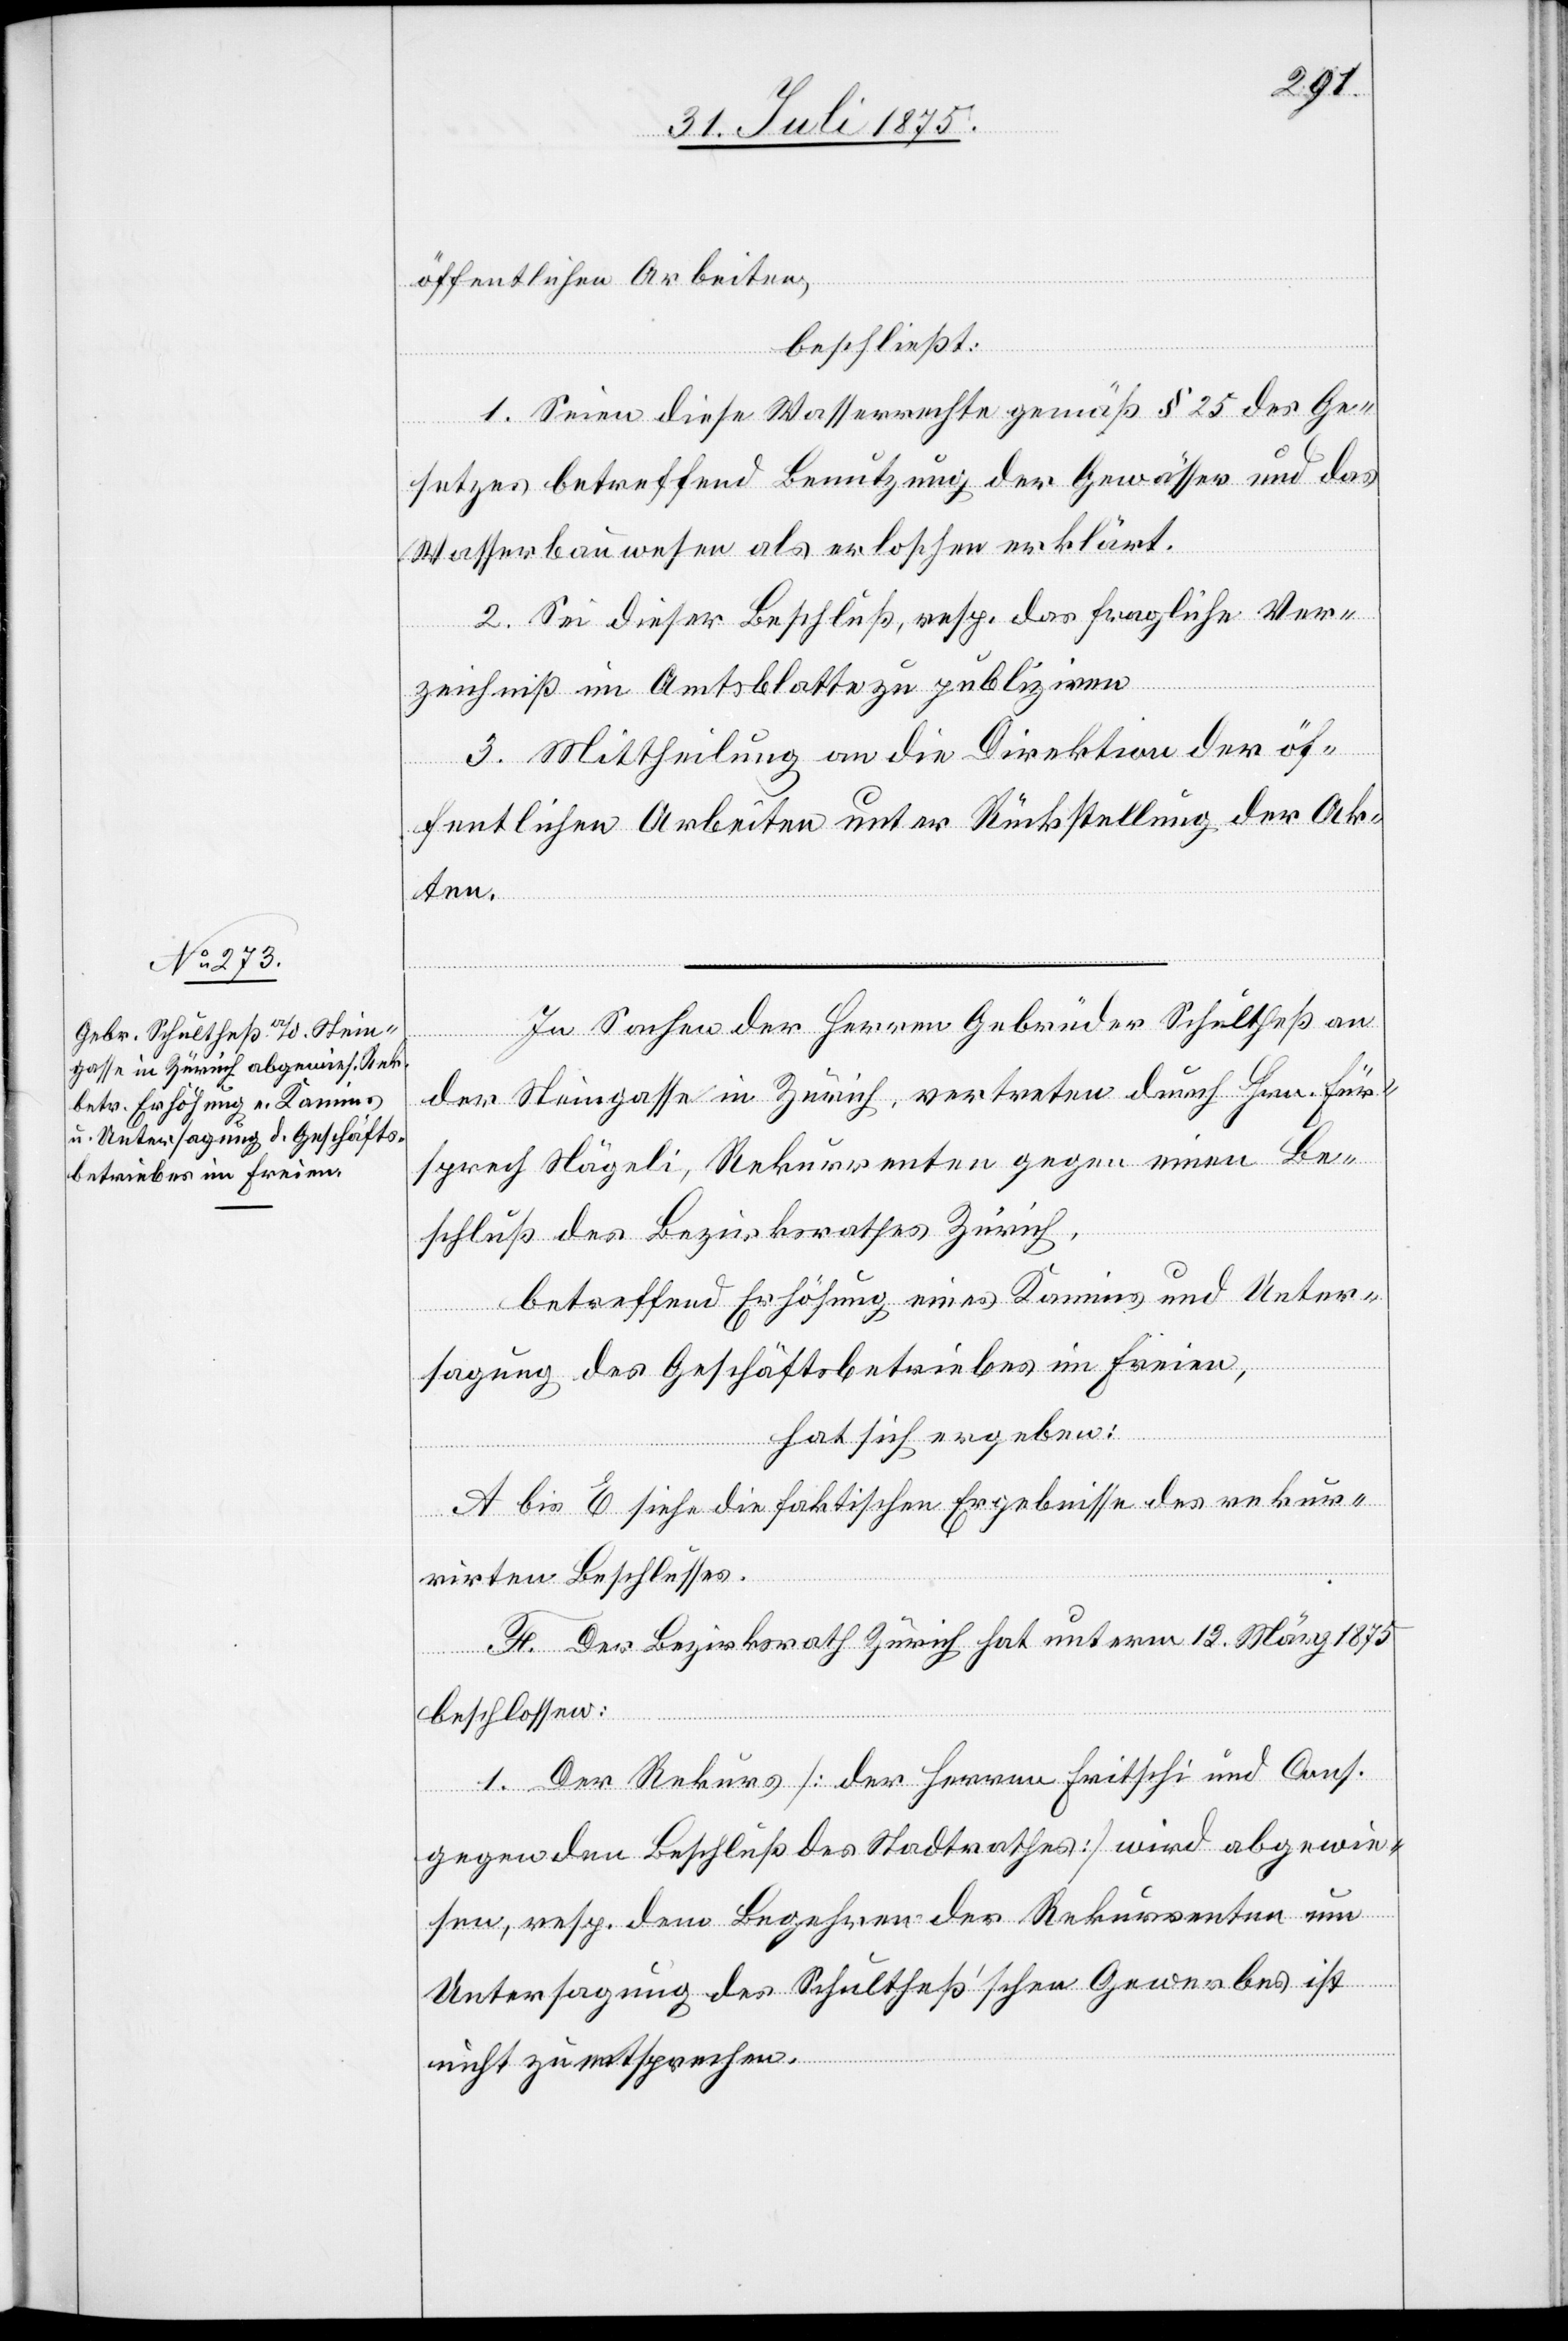
öffentlichen Arbeiten,
beschließt:
1. Seien diese Wasserrechte gemäß § 25 des Ge¬
setzes betreffend Benutzung der Gewässer und das
Wasserbauwesen als erloschen erklärt.
2. Sei dieser Beschluß, resp. das fragliche Ver¬
zeichniß im Amtsblatte zu publiziren.
3. Mittheilung an die Direktion der öf¬
fentlichen Arbeiten unter Rückstellung der Ak¬
ten.
In Sachen der Herren Gebrüder Schultheß an
der Steingasse in Zürich, vertreten durch Hrn. Für¬
sprech Nägeli, Rekurrenten gegen einen Be¬
schluß des Bezirksrathes Zürich,
betreffend Erhöhung eines Kamins und Unter¬
sagung des Geschäftsbetriebes im Freien,
hat sich ergeben:
A bis E siehe die faktischen Ergebnisse des rekur¬
rirten Beschlusses.
F. Der Bezirksrath Zürich hat unterm 12 März 1875
beschlossen:
1. Der Rekurs [der Herren Fritschi und Cons.
gegen den Beschluß des Stadtrathes] wird abgewie¬
sen, resp. dem Begehren der Rekurrenten um
Untersagung des Schultheß’schen Gewerbes ist
nicht zu entsprechen.